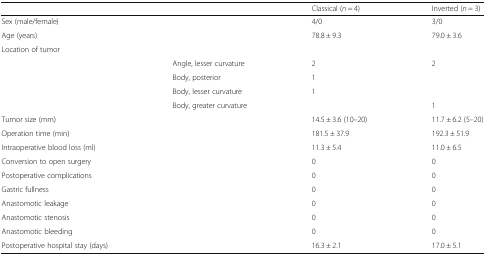
<table><thead><tr><td></td><td></td><td><b>Classical (<i>n</i> = 4)</b></td><td><b>Inverted (<i>n</i> = 3)</b></td></tr></thead><tbody><tr><td>Sex (male/female)</td><td></td><td>4/0</td><td>3/0</td></tr><tr><td>Age (years)</td><td></td><td>78.8 ± 9.3</td><td>79.0 ± 3.6</td></tr><tr><td>Location of tumor</td><td></td><td></td><td></td></tr><tr><td></td><td>Angle, lesser curvature</td><td>2</td><td>2</td></tr><tr><td></td><td>Body, posterior</td><td>1</td><td></td></tr><tr><td></td><td>Body, lesser curvature</td><td>1</td><td></td></tr><tr><td></td><td>Body, greater curvature</td><td></td><td>1</td></tr><tr><td>Tumor size (mm)</td><td></td><td>14.5 ± 3.6 (10–20)</td><td>11.7 ± 6.2 (5–20)</td></tr><tr><td>Operation time (min)</td><td></td><td>181.5 ± 37.9</td><td>192.3 ± 51.9</td></tr><tr><td>Intraoperative blood loss (ml)</td><td></td><td>11.3 ± 5.4</td><td>11.0 ± 6.5</td></tr><tr><td>Conversion to open surgery</td><td></td><td>0</td><td>0</td></tr><tr><td>Postoperative complications</td><td></td><td>0</td><td>0</td></tr><tr><td>Gastric fullness</td><td></td><td>0</td><td>0</td></tr><tr><td>Anastomotic leakage</td><td></td><td>0</td><td>0</td></tr><tr><td>Anastomotic stenosis</td><td></td><td>0</td><td>0</td></tr><tr><td>Anastomotic bleeding</td><td></td><td>0</td><td>0</td></tr><tr><td>Postoperative hospital stay (days)</td><td></td><td>16.3 ± 2.1</td><td>17.0 ± 5.1</td></tr></tbody></table>